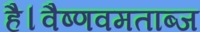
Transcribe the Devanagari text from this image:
है।वैष्णवमताब्ज